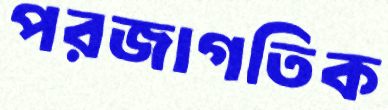
পরজাগতিক